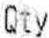
QTY